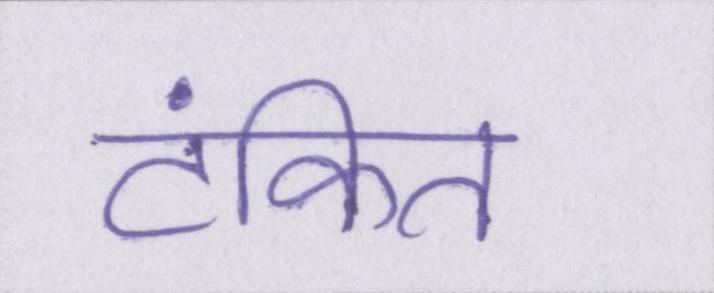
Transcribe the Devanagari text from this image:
टंकित